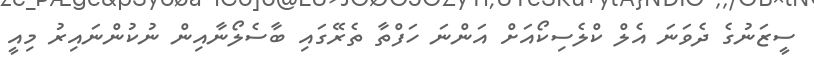
ސީޒަނުގެ ދެވަނަ އެލް ކްލެސިކޯއަށް އަންނަ ހަފްތާ ތެރޭގައި ބާސެލޯނާއިން ނުކުންނައިރު މިއީ